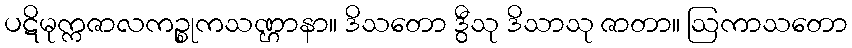
ပဋိမုက္ကဇာလကဉ္စုကသဏ္ဌာနာ။ ဒိသတော ဒွီသု ဒိသာသု ဇာတာ။ ဩကာသတော